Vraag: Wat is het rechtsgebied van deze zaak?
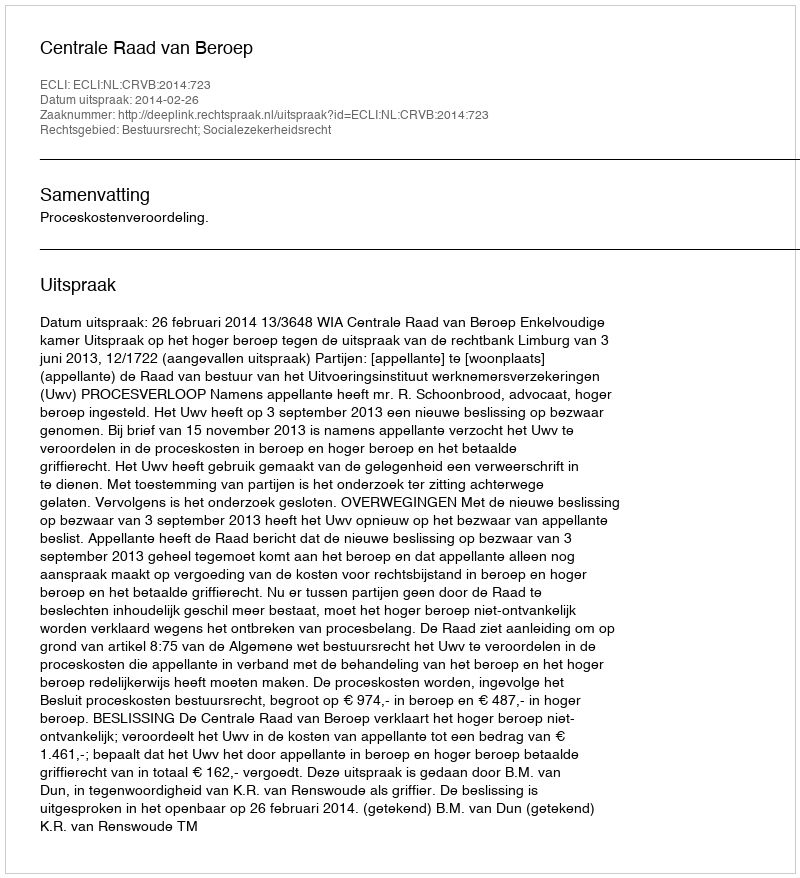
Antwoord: Bestuursrecht; Socialezekerheidsrecht